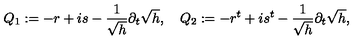
Q _ { 1 } : = - r + i s - \frac { 1 } { \sqrt { h } } \partial _ { t } \sqrt { h } , \quad Q _ { 2 } : = - r ^ { t } + i s ^ { t } - \frac { 1 } { \sqrt { h } } \partial _ { t } \sqrt { h } ,